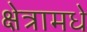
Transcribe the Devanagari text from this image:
क्षेत्रामधे